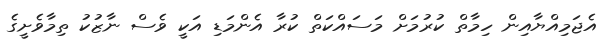
އެޖަމިއްޔާއިން ހިމާތް ކުރުމަށް މަސައްކަތް ކުރާ އެންމަޑި އަކީ ވެސް ނާޒުކު ތިމާވެށީގެ